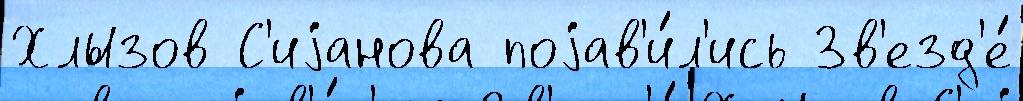
Хлызов С'иjанова поjав'и́л'ись Зв'езд'е́